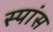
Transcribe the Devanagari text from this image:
स्पांस